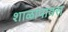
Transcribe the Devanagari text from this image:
शाळापावस